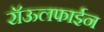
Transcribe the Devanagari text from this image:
रॉऊलफाईन